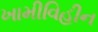
ખામીવિહીન